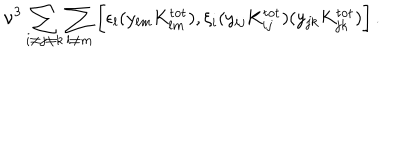
\nu ^ { 3 } \sum _ { i \ne j \ne k } \sum _ { l \ne m } \bigg [ \epsilon _ { l } ( y _ { l m } K _ { l m } ^ { \mathrm { t o t } } ) , \xi _ { i } ( y _ { i j } K _ { i j } ^ { \mathrm { t o t } } ) ( y _ { j k } K _ { j k } ^ { \mathrm { t o t } } ) \bigg ] \, .